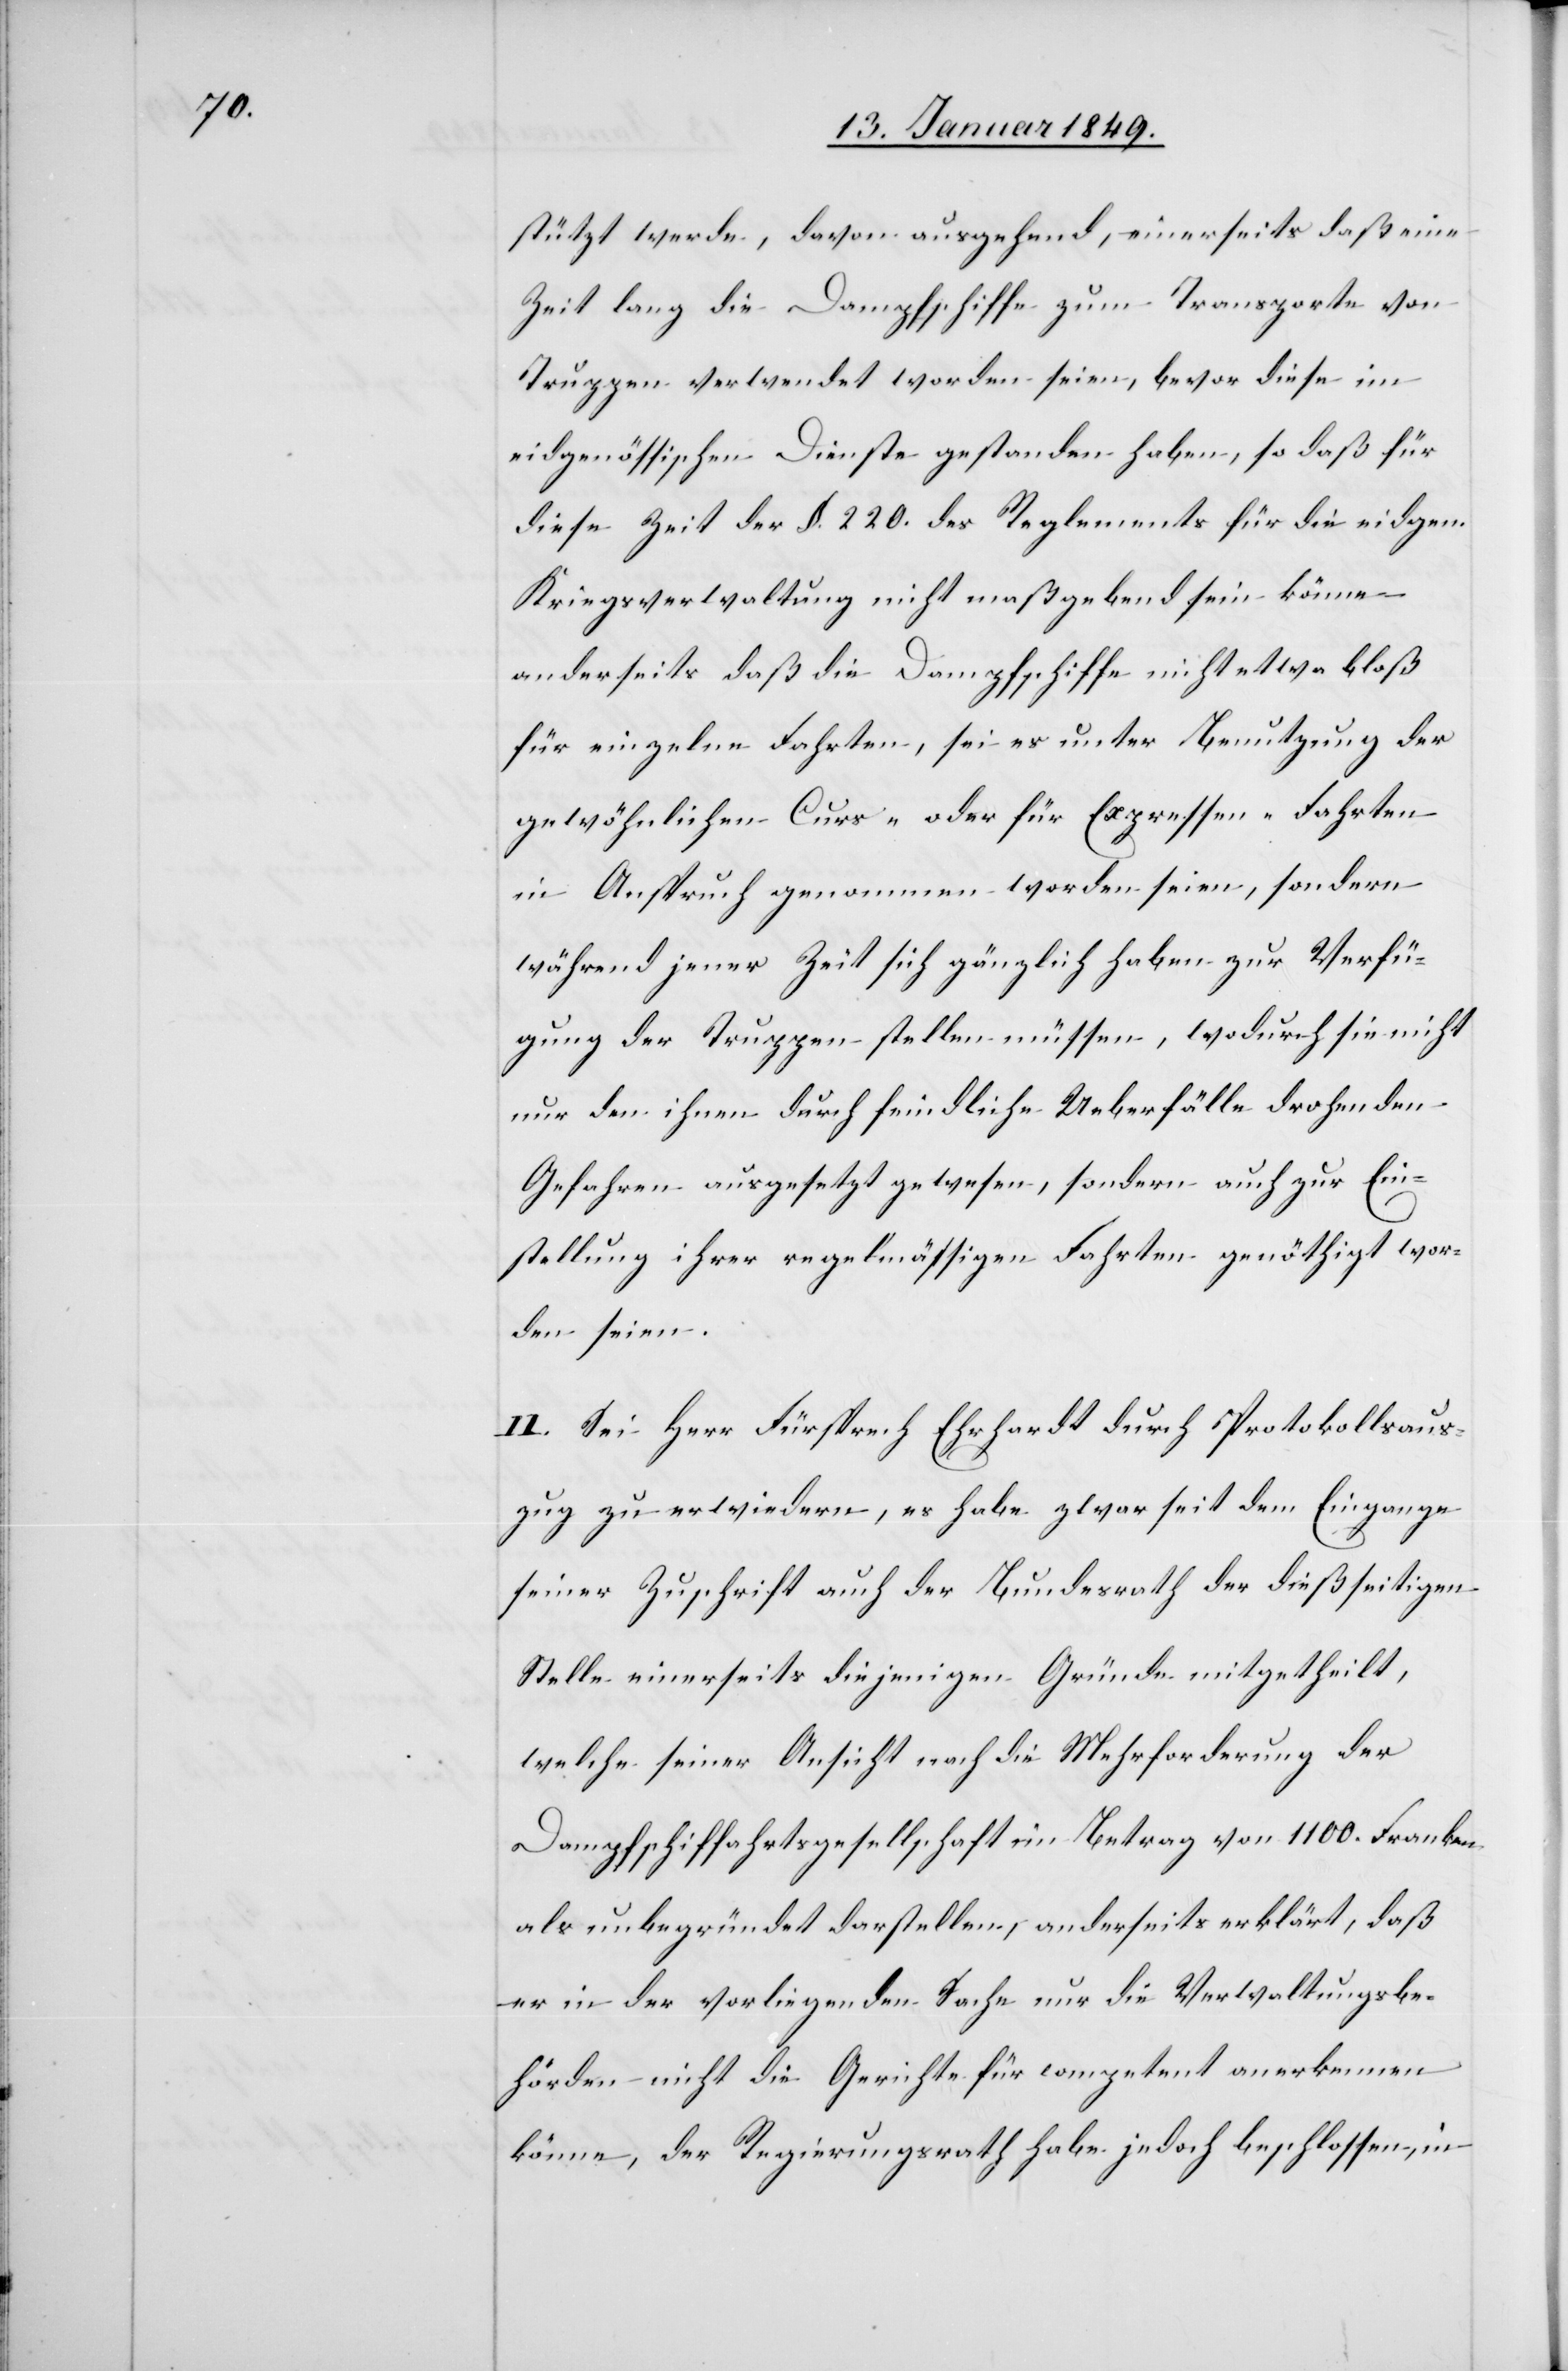
stützt werde, davon ausgehend, einerseits daß eine
Zeit lang die Dampfschiffe zum Transporte von
Truppen verwendet worden seien, bevor diese im
eidgenössischen Dienste gestanden haben, so daß für
diese Zeit der §. 220. des Reglements für die eidgen.
Kriegsverwaltung nicht maßgebend sein könne,
anderseits daß die Dampfschiffe nicht etwa bloß
für einzelne Fahrten, sei es unter Benutzung der
gewöhnlichen Curs- oder für Expressen-Fahrten
in Anspruch genommen worden seien, sondern
während jener Zeit sich gänzlich haben zur Verfü¬
gung der Truppen stellen müssen, wodurch sie nicht
nur den ihnen durch feindliche Ueberfälle drohenden
Gefahren ausgesetzt gewesen, sondern auch zur Ein¬
stellung ihrer regelmässigen Fahrten genöthigt wor¬
den seien.
II. Sei Herr Fürsprech Ehrhardt durch Protokollsaus¬
zug zu erwiedern, es habe zwar seit dem Eingange
seiner Zuschrift auch der Bundesrath der dießseitigen
Stelle einerseits diejenigen Gründe mitgetheilt,
welche seiner Ansicht nach die Mehrforderung der
Dampfschiffahrtsgesellschaft im Betrag von 1100. Franken
als unbegründet darstellen, anderseits erklärt, daß
er in der vorliegenden Sache nur die Verwaltungsbe¬
hörden nicht die Gerichte für competent anerkennen
könne, der Regierungsrath habe jedoch beschlossen, in